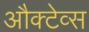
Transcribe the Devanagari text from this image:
औक्टेव्स